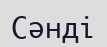
Сәнді